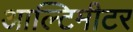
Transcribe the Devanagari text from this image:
आल्टिमीटर